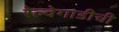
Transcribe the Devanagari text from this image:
रेल्वेगाडीची